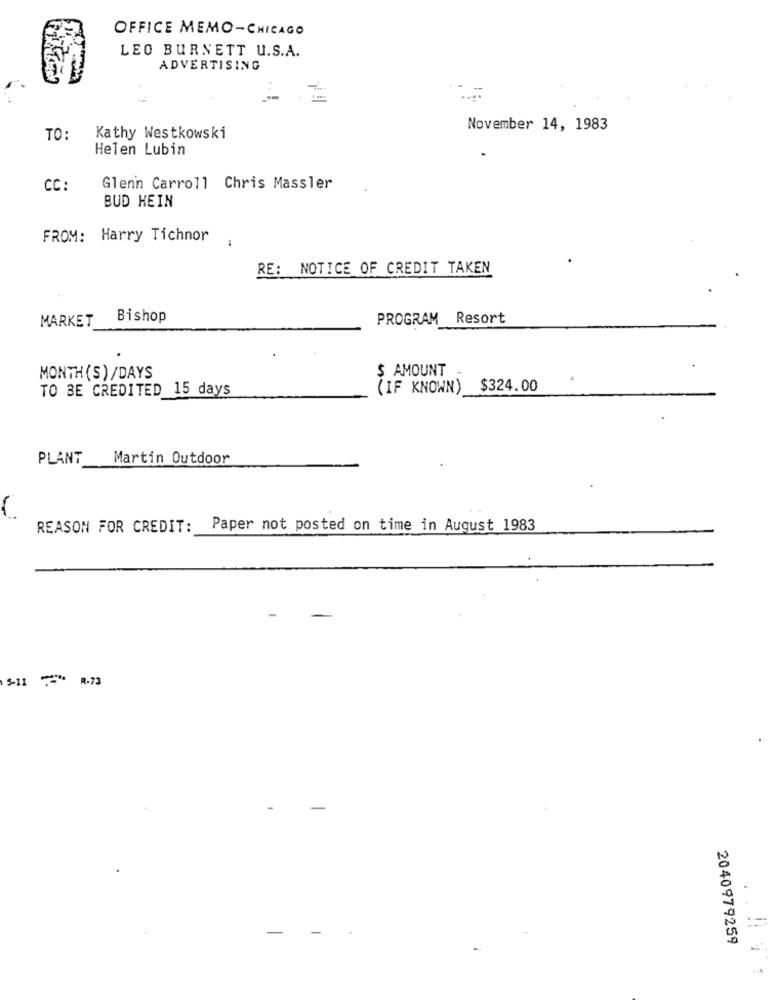
OFFICE MEMO-CHICAGO
LEO BURNETT U.S.A.
ADVERTISING
November 14, 1983
TO:
Kathy Westkowski
Helen Lubin
CC:
Glenn Carroll Chris Massler
BUD HEIN
FROM: Harry Tichnor
RE: NOTICE OF CREDIT TAKEN
MARKET
Bishop
PROGRAM Resort
$ AMOUNT
MONTH (S)/DAYS
TO BE CREDITED 15 days
(IF KNOWN)
$324.00
PLANT
Martin Outdoor
REASON FOR CREDIT:
Paper not posted on time in August 1983
5-11 . R.73
-
2040979259